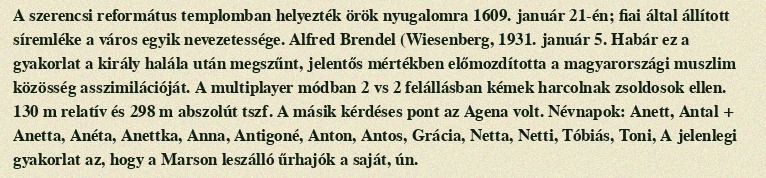
A szerencsi református templomban helyezték örök nyugalomra 1609. január 21-én; fiai által állított síremléke a város egyik nevezetessége. Alfred Brendel (Wiesenberg, 1931. január 5. Habár ez a gyakorlat a király halála után megszűnt, jelentős mértékben előmozdította a magyarországi muszlim közösség asszimilációját. A multiplayer módban 2 vs 2 felállásban kémek harcolnak zsoldosok ellen. 130 m relatív és 298 m abszolút tszf. A másik kérdéses pont az Agena volt. Névnapok: Anett, Antal + Anetta, Anéta, Anettka, Anna, Antigoné, Anton, Antos, Grácia, Netta, Netti, Tóbiás, Toni, A jelenlegi gyakorlat az, hogy a Marson leszálló űrhajók a saját, ún.